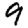
Digit: 9